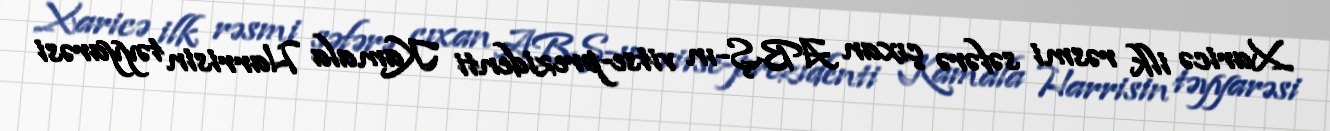
Xaricə ilk rəsmi səfərə çıxan ABŞ-ın vitse-prezidenti Kamala Harrisin təyyarəsi